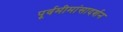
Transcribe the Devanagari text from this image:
पूर्वमीमांसादर्शन